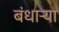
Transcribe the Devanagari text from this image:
बंधाऱ्या